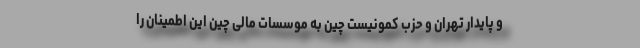
و پایدار تهران و حزب کمونیست چین به موسسات مالی چین این اطمینان را